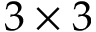
3 \times 3